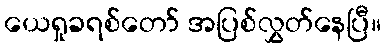
ယေရှုခရစ်တော် အပြစ်လွှတ်နေပြီ။